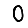
Digit: 0